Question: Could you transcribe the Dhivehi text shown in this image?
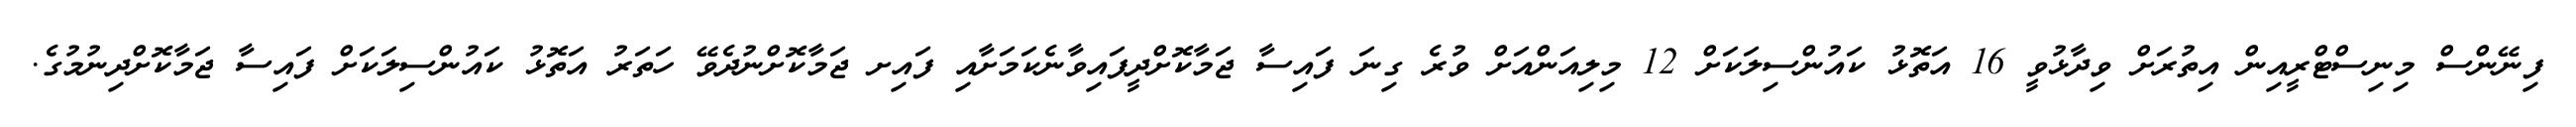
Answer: ފިނޭންސް މިނިސްޓްރީއިން އިތުރަށް ވިދާޅުވީ 16 އަތޮޅު ކައުންސިލަކަށް 12 މިލިއަންއަށް ވުރެ ގިނަ ފައިސާ ޖަމާކޮށްދީފައިވާނެކަމަށާއި ފައިށ ޖަމާކޮށްނުދެވޭ ހަތަރު އަތޮޅު ކައުންސިލަކަށް ފައިސާ ޖަމާކޮށްދިނުމުގެ.